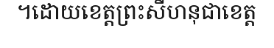
។ដោយខេត្តព្រះសីហនុជាខេត្ត